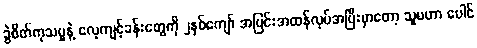
ခွဲစိတ်ကုသမှုနဲ့ လေ့ကျင့်ခန်းတွေကို ၂နှစ်ကျော် အပြင်းအထန်လုပ်အပြီးမှာတော့ သူမဟာ ပေါင်